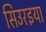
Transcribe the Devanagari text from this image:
सिउरइया